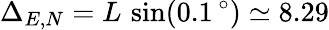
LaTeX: \Delta_{E,N}=L\, \sin(0.1\, ^{\circ})\simeq 8.29